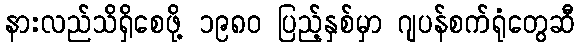
နားလည်သိရှိစေဖို့ ၁၉၈၀ ပြည့်နှစ်မှာ ဂျပန်စက်ရုံတွေဆီ